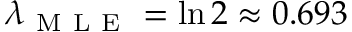
\lambda _ { \mathrm { ~ M ~ L ~ E ~ } } = \ln 2 \approx 0 . 6 9 3